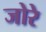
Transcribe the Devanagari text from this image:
जोरे